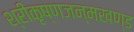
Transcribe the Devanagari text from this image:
श्रीकृष्णजन्मखण्ड